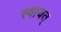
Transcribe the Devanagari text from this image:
स्वायत्